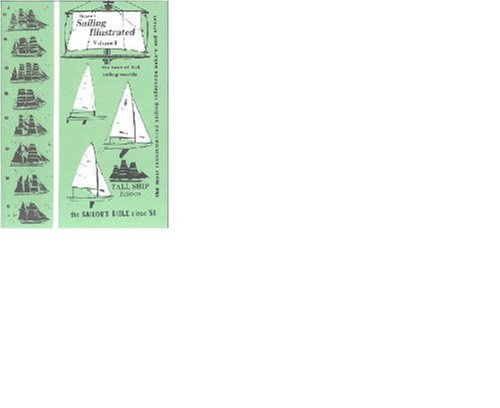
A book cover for Royce's Sailing Illustrated: Vol. 2; Patrick M. Royce; Arts & Photography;